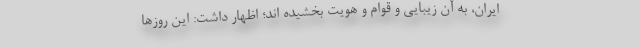
ایران، به آن زیبایی و قوام و هویت بخشیده اند؛ اظهار داشت: این روز‌ها